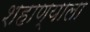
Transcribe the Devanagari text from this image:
शहाण्याला